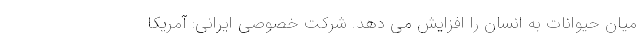
میان حیوانات به انسان را افزایش می دهد. شرکت خصوصی ایرانی: آمریکا